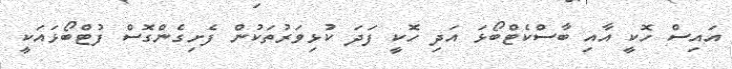
އައިސް ހޮކީ އާއި ބާސްކެޓްބޯޅަ އަދި ހޮކީ ފަދަ ކުޅިވަރުތަކުން ފެށިގެންގޮސް ފުޓްބޯޅައަކީ